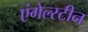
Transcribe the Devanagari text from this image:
एंगेल्स्टीन